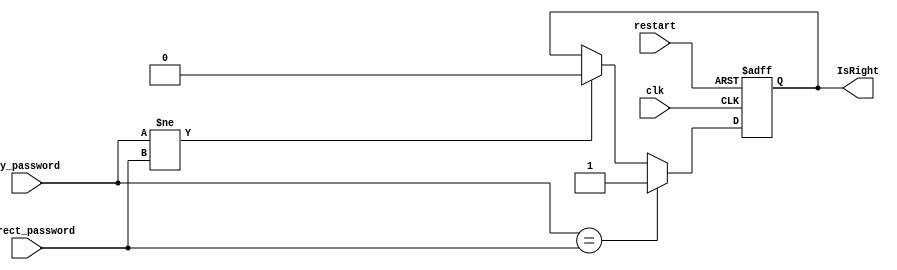
`timescale 1ns / 1ps
//////////////////////////////////////////////////////////////////////////////////
// Company: 
// Engineer: 
// 
// Design Name: 
// Module Name: Comparation
// Project Name: 
// Target Devices: 
// Tool Versions: 
// Description: 
// 
// Dependencies: 
// 
// Revision:
// Revision 0.01 - File Created
// Additional Comments:
// 
//////////////////////////////////////////////////////////////////////////////////


module Comparation(
    input             clk,               // 
    input             restart,           // 
    input      [31:0] my_password,       // 
    input      [31:0] correct_password,  // 
    output reg        IsRight            // 
    );

initial begin IsRight <= 0; end

always @(posedge clk or posedge restart) begin
    // 
    if (restart) IsRight <= 0;
    // restartclk
    else if(clk) begin
    // IsRight10
        if (my_password == correct_password) begin
            IsRight <= 1;
        end
        else if (my_password != correct_password) begin
            IsRight <= 0;
        end
    end
end
endmodule